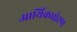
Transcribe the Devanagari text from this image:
आर्थिकधोरण